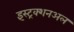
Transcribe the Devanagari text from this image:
इंस्ट्रक्शनअल